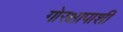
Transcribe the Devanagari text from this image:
गोरक्षापाशी